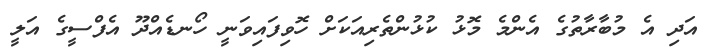
އަދި އެ މުބާރާތުގެ އެންމެ މޮޅު ކުޅުންތެރިއަކަށް ހޮވިފައިވަނީ ހޯނޑެއްދޫ އެފްސީގެ އަލީ